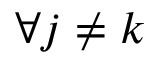
\forall j \neq k